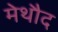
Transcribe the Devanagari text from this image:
मेथौद